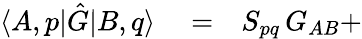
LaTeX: \begin{array}{rlr}{\langle A,p|\hat{G}|B,q\rangle}&{{}=}&{S_{pq}\, G_{AB}+}\end{array}